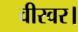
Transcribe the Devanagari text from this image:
वीरवर।